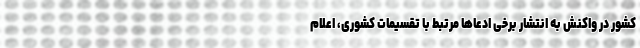
کشور در واکنش به انتشار برخی ادعاها مرتبط با تقسیمات کشوری، اعلام